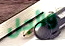
ولأجل